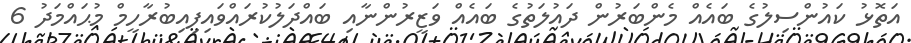
އަތޮޅު ކައުންސިލުގެ ބައެއް މެންބަރުން ދައުލަތުގެ ބައެއް ވަޒީރުންނާއި ބައްދަލުކުރައްވައިފިއިބުރާހީމް މުޙައްމަދު 6